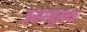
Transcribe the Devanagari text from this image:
ऊहामूलक